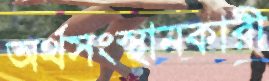
অর্থসংস্থানকারী